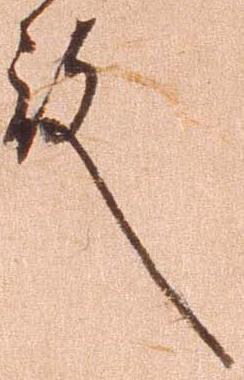
殿